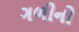
ગળીનો